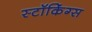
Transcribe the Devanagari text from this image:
स्टॉकिंग्स